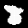
Label: 8